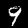
Label: 9